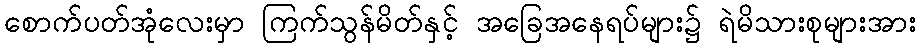
စောက်ပတ်အုံလေးမှာ ကြက်သွန်မိတ်နှင့် အခြေအနေရပ်များ၌ ရဲမိသားစုများအား